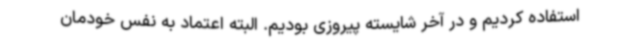
استفاده کردیم و در آخر شایسته پیروزی بودیم. البته اعتماد به نفس خودمان